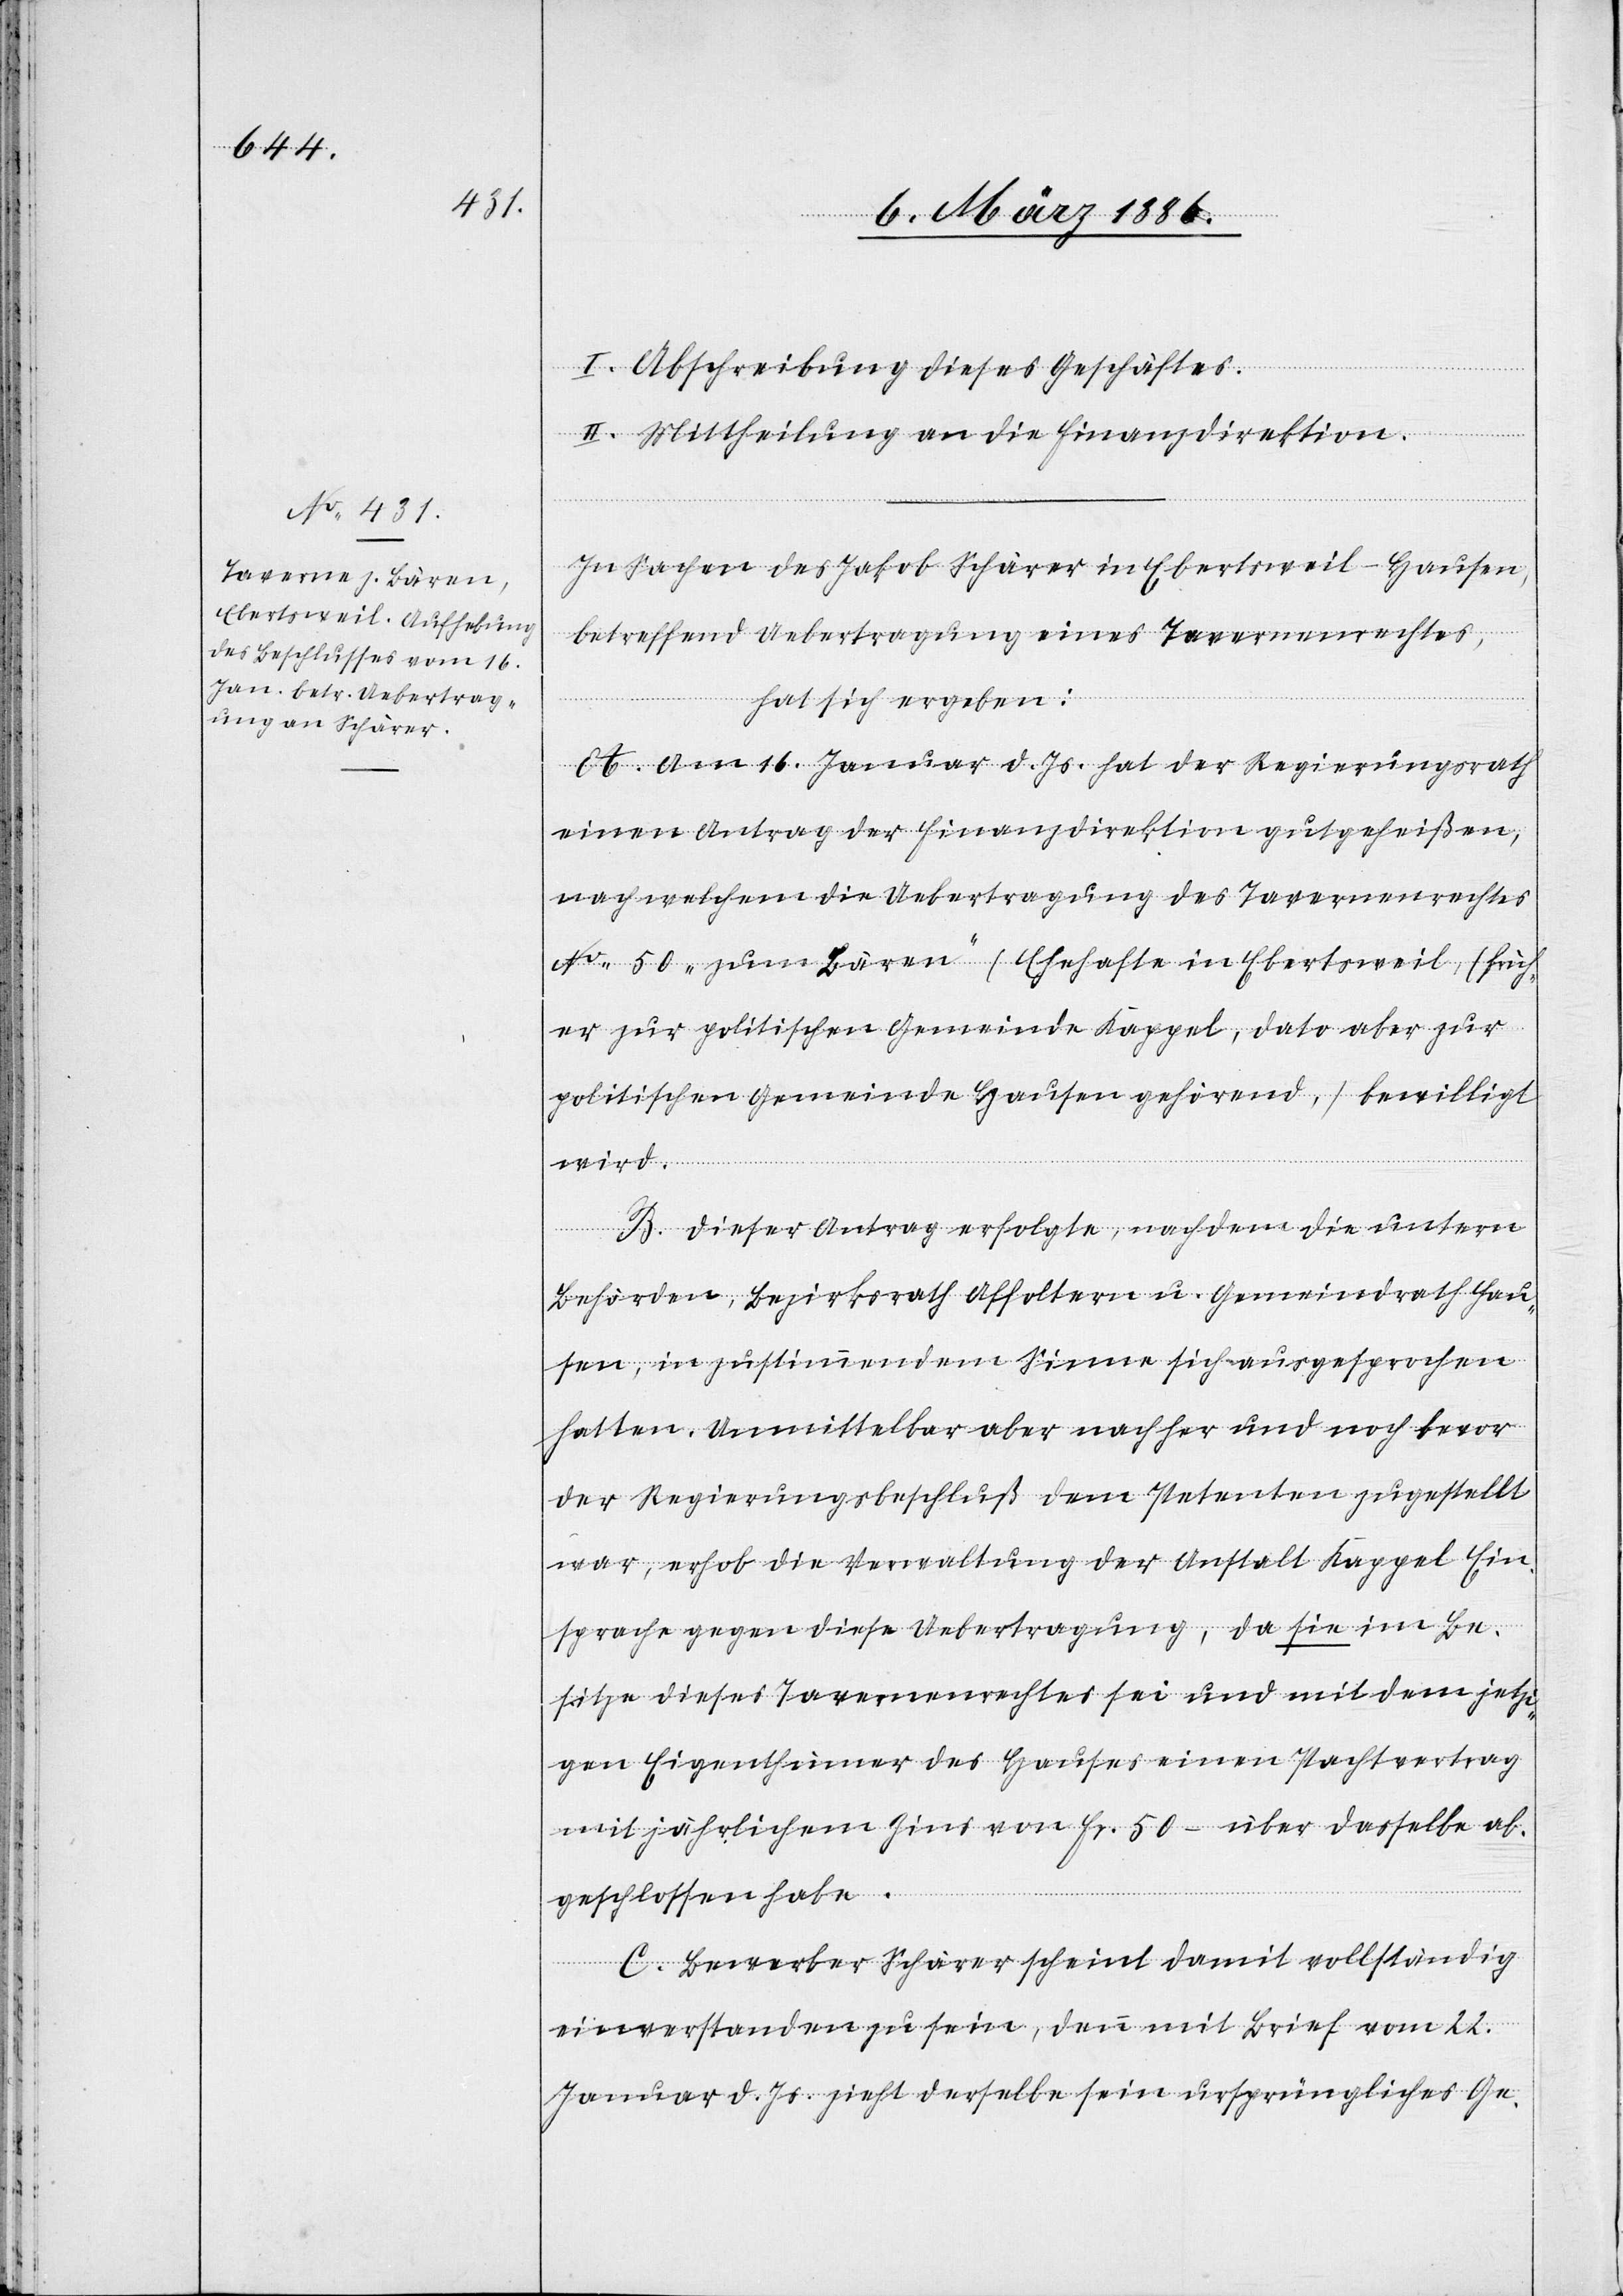
I. Abschreibung dieses Geschäftes.
II. Mittheilung an die Finanzdirektion.
In Sachen des Jakob Schärer in Ebertsweil - Hausen,
betreffend Uebertragung eines Tavernenrechtes,
hat sich ergeben:
A. Am 16. Januar d. Js. hat der Regierungsrath
einen Antrag der Finanzdirektion gutgeheißen,
nach welchem die Uebertragung des Tavernenrechtes
No. 50 „zum Bären“ (Ehehafte in Ebertsweil, früh¬
er zur politischen Gemeinde Kappel, dato aber zur
politischen Gemeinde Hausen gehörend,) bewilligt
wird.
B. Dieser Antrag erfolgte, nachdem die untern
Behörden, Bezirksrath Affoltern u. Gemeindrath Hau¬
sen, in zustimmendem Sinne sich ausgesprochen
hatten. Unmittelbar aber nachher und noch bevor
der Regierungsbeschluß dem Petenten zugestellt
war, erhob die Verwaltung der Anstalt Kappel Ein¬
sprache gegen diese Uebertragung, da sie im Be¬
sitze dieses Tavernenrechtes sei und mit dem jetzi¬
gen Eigenthümer des Hauses einen Pachtvertrag
mit jährlichen Zins von Fr. 50.– über dasselbe ab¬
geschlossen habe.
C. Bewerber Schärer scheint damit vollständig
einverstanden zu sein, denn mit Brief vom 22.
Januar d. Js. zieht derselbe sein ursprüngliches Ge-